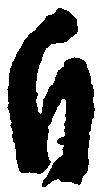
自